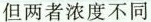
但两者浓度不同